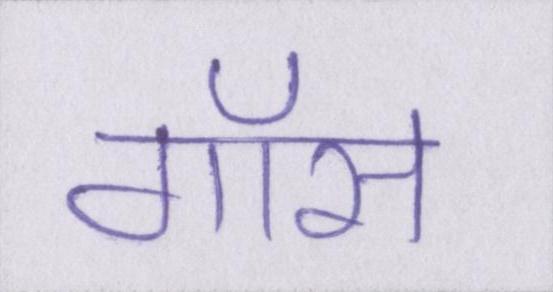
गॉस